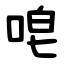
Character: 唣